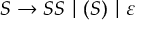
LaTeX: S \to S S ~ | ~ ( S ) ~ | ~ \varepsilon